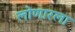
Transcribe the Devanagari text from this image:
लोणारला